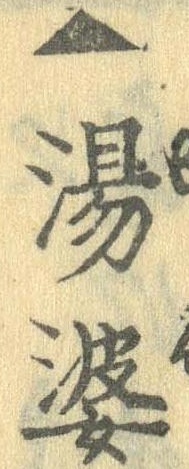
▲湯婆